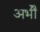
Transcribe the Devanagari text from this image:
अभीे